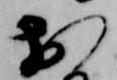
お